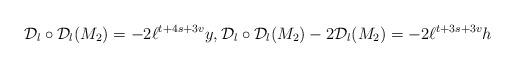
LaTeX: \begin{align*}\mathcal{D}_l \circ \mathcal{D}_l(M_2)=-2 \ell^{t+4s+3v} y, \mathcal{D}_l \circ \mathcal{D}_l(M_2)-2\mathcal{D}_l(M_2)=-2 \ell^{t+3s+3v}h\end{align*}